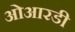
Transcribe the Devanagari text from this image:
ओआरडी